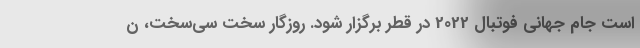
است جام جهانی فوتبال 2022 در قطر برگزار شود. روزگار سخت سی‌سخت، ن